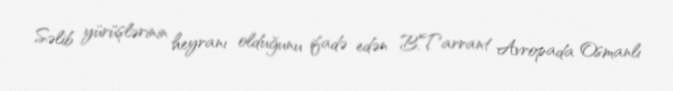
Səlib yürüşlərinin heyranı olduğunu ifadə edən B.Tarrant Avropada Osmanlı